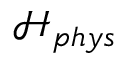
\mathcal { H } _ { p h y s }